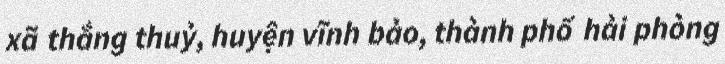
xã thắng thuỷ, huyện vĩnh bảo, thành phố hải phòng